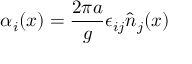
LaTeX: \alpha _ { i } ( x ) = \frac { 2 \pi a } { g } \epsilon _ { i j } \hat { n } _ { j } ( x )